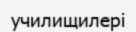
училищилері